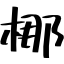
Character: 梛